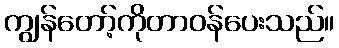
ကျွန်တော့်ကိုတာဝန်ပေးသည်။